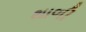
થાળી